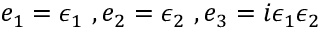
e _ { 1 } = { \epsilon } _ { 1 } ~ , e _ { 2 } = { \epsilon } _ { 2 } ~ , e _ { 3 } = i { \epsilon } _ { 1 } { \epsilon } _ { 2 }